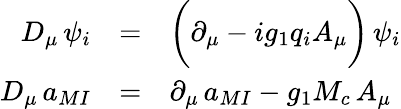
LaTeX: \begin{array}{rcl}{{D_{\mu}\, \psi_{i}}}&{{=}}&{{\biggl(\partial_{\mu}-ig_{1}q_{i}A_{\mu}\biggr)\, \psi_{i}}}\\ {{D_{\mu}\, a_{MI}}}&{{=}}&{{\partial_{\mu}\, a_{MI}-g_{1}M_{c}\, A_{\mu}}}\end{array}